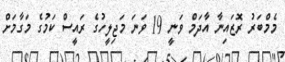
މެމްބަރު ރޮޒައިނާ އާދަމް ވަނީ 19 ވަނަ މަޖިލީހުގެ ރައީސް ކަމުގެ މަގާމަށް